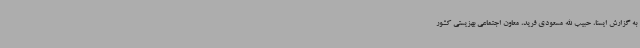
به گزارش ایسنا، حبیب الله مسعودی فرید، معاون اجتماعی بهزیستی کشور